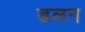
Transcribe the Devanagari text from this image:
डलन